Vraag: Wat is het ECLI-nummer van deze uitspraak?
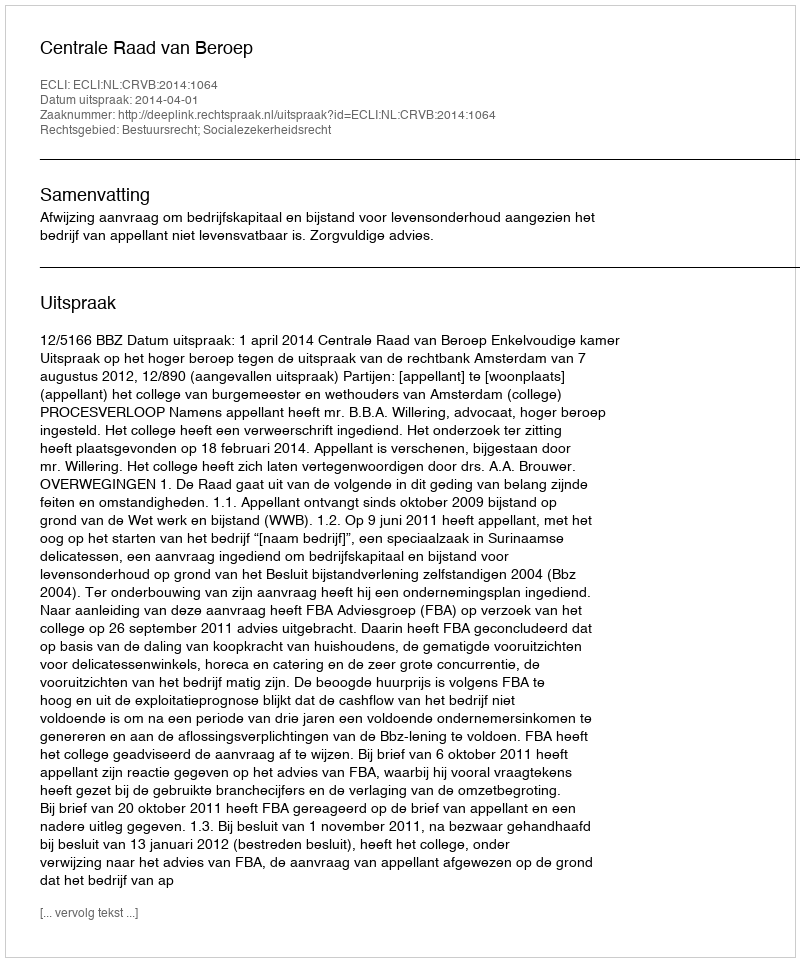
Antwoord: ECLI:NL:CRVB:2014:1064